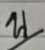
บ